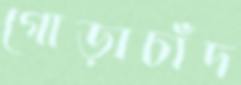
গোড়াচাঁদ